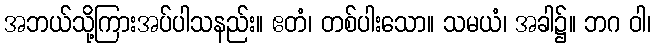
အဘယ်သို့ကြားအပ်ပါသနည်း။ ဧတံ၊ တစ်ပါးသော။ သမယံ၊ အခါ၌။ ဘဂ ဝါ၊